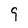
Character: 9